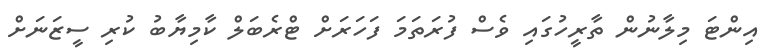
އިންޓަ މިލާނުން ތާރީހުގައި ވެސް ފުރަތަމަ ފަހަރަށް ޓްރެބަލް ކާމިޔާބު ކުރި ސީޒަނަށް